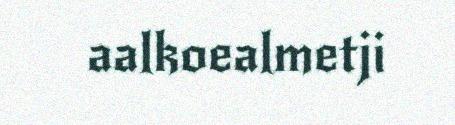
aalkoealmetji